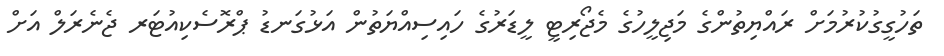
ތަހުގީގުކުރުމަށް ރައްޔިތުންގެ މަޖިލީހުގެ މެޖޯރިޓީ ލީޑަރުގެ ހައިސިއްޔަތުން އަޅުގަނޑު ޕްރޮސެކިއުޓަރ ޖެނެރަލް އަށް